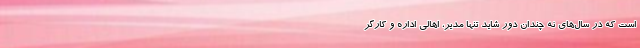
است که در سال‌های نه چندان دور شاید تنها مدیر، اهالی اداره و کارگر